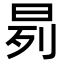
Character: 𬀰